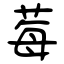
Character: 莓